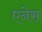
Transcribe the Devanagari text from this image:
एनेस